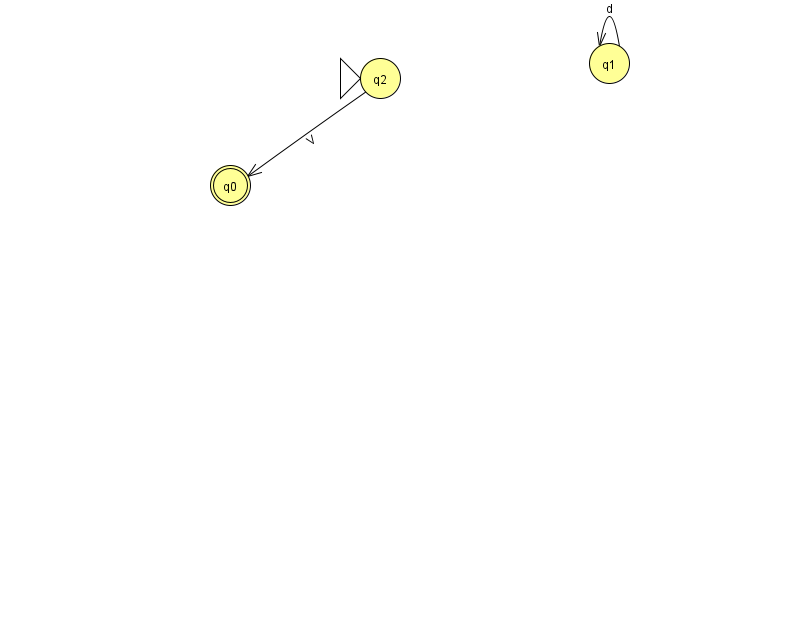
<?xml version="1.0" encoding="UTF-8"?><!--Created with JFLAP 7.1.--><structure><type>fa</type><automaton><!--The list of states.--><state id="0" name="q0"><x>230.0</x><y>172.0</y><final/></state><state id="1" name="q1"><x>609.0</x><y>50.0</y></state><state id="2" name="q2"><x>380.0</x><y>65.0</y><initial/></state><!--The list of transitions.--><transition><from>1</from><to>1</to><read>d</read></transition><transition><from>2</from><to>0</to><read>V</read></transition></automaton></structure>